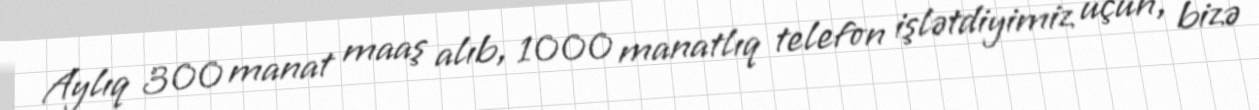
Aylıq 300 manat maaş alıb, 1000 manatlıq telefon işlətdiyimiz üçün, bizə